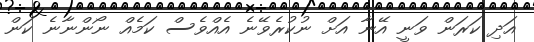
އަދި ކަރަން ވަނީ އޭނާ އަށް ނުކުރެވޭނެ އެއްވެސް ކަމެއް ނޯންނާނެ ކަން